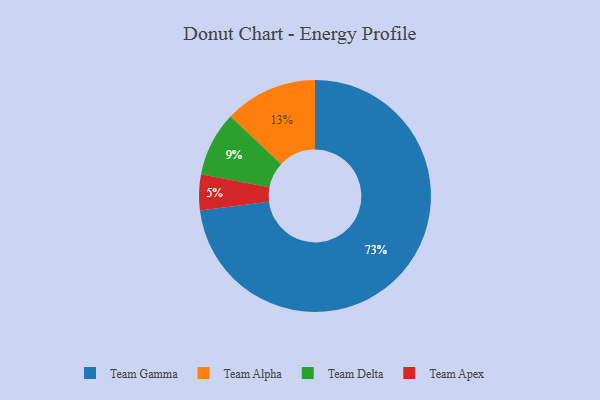
{"axis": {"x": "Category", "y": "Percentage"}, "legend": ["Team Alpha", "Team Apex", "Team Delta", "Team Gamma"], "data": [{"x": "Team Gamma", "y": 73, "type": "Team Gamma"}, {"x": "Team Apex", "y": 5, "type": "Team Apex"}, {"x": "Team Delta", "y": 9, "type": "Team Delta"}, {"x": "Team Alpha", "y": 13, "type": "Team Alpha"}]}